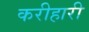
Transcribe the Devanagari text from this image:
करीहारी